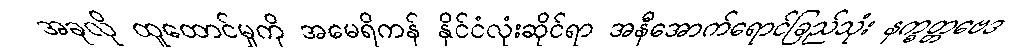
အခုလို ထူထောင်မှုကို အမေရိကန် နိုင်ငံလုံးဆိုင်ရာ အနီအောက်ရောင်ခြည်သုံး နက္ခတ္တဗေဒ